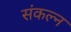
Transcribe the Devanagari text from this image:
संकल्न